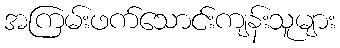
အကြမ်းဖက်သောင်းကျန်းသူများ